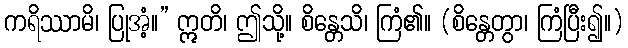
ကရိဿာမိ၊ ပြုအံ့။” ဣတိ၊ ဤသို့။ စိန္တေသိ၊ ကြံ၏။ (စိန္တေတွာ၊ ကြံပြီး၍။)